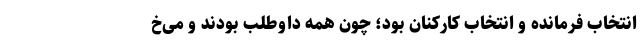
انتخاب فرمانده و انتخاب کارکنان بود؛ چون همه‌ داوطلب بودند و می‌خ